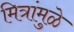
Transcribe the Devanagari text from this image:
मित्रांमुळे